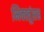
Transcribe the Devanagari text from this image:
भिक्खूंसह